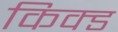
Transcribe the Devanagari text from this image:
किक्ड